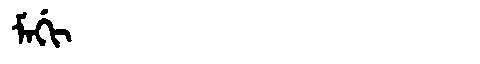
Manchu: ᠮᠠᡤᡳ
Romanization: MAGI